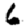
Digit: 6